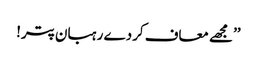
’’مجھے معاف کردے رہبان پتر!